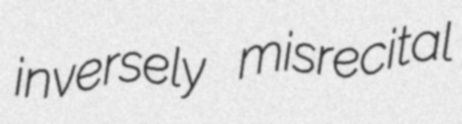
inversely misrecital